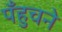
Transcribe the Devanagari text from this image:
पँहुचने